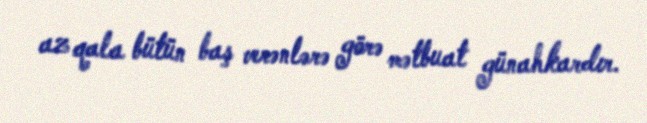
az qala bütün baş verənlərə görə mətbuat günahkardır.